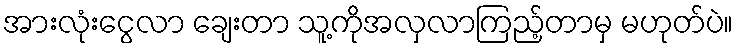
အားလုံးငွေလာ ချေးတာ သူ့ကိုအလှလာကြည့်တာမှ မဟုတ်ပဲ။